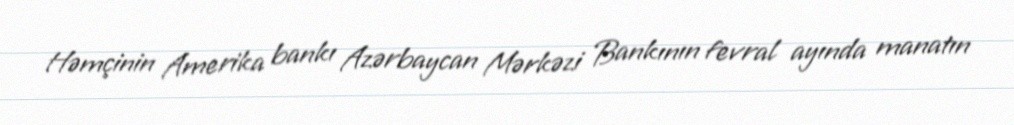
Həmçinin Amerika bankı Azərbaycan Mərkəzi Bankının fevral ayında manatın